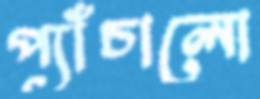
প্যাঁচালো